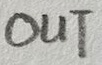
Text: OUT